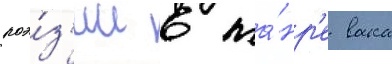
поэ́з'ии в жа́нр'е вака